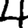
Digit: 4